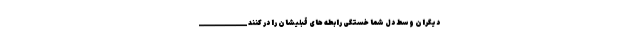
دیگران وسط دل شما خستگی رابطه های قبلیشان را در کنند ____________